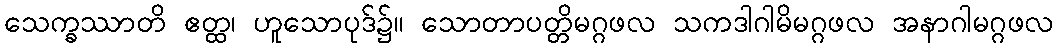
သေက္ခဿာတိ ဧတ္ထ၊ ဟူသောပုဒ်၌။ သောတာပတ္တိမဂ္ဂဖလ သကဒါဂါမိမဂ္ဂဖလ အနာဂါမဂ္ဂဖလ